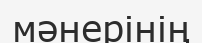
мәнерінің